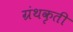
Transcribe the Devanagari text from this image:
ग्रंथकृती